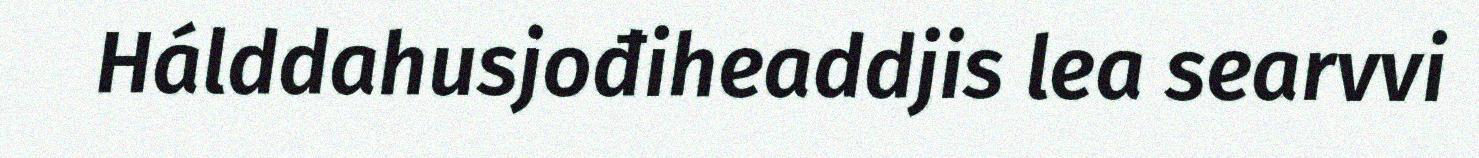
Hálddahusjođiheaddjis lea searvvi